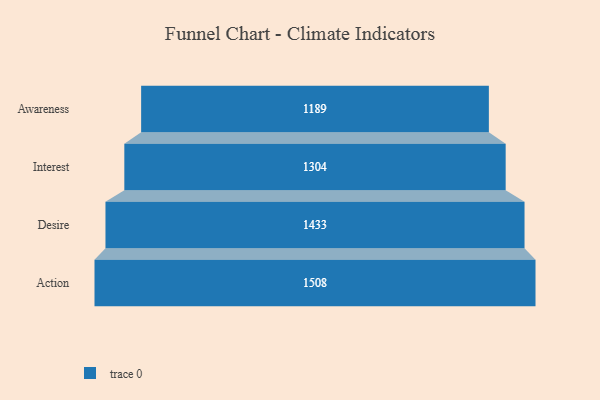
{"axis": {"x": "Stage", "y": "Value"}, "legend": [""], "data": [{"x": "Awareness", "y": 1189.0, "type": ""}, {"x": "Interest", "y": 1304.0, "type": ""}, {"x": "Desire", "y": 1433.0, "type": ""}, {"x": "Action", "y": 1508.0, "type": ""}]}